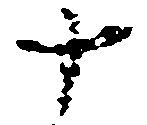
十